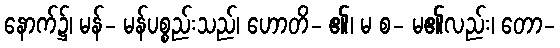
နောက်၌၊ မန်- မန်ပစ္စည်းသည်၊ ဟောတိ- ၏၊ မ စ- မ၏လည်း၊ တော-